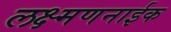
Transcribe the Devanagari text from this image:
लक्ष्मणनाईक